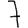
Digit: 7